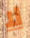
لا